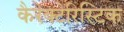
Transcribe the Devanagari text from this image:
कैरेक्टेरिस्टिक